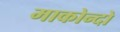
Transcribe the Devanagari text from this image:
माकोन्दो